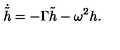
\dot { \tilde { h } } = - \Gamma { \tilde { h } } - \omega ^ { 2 } h .